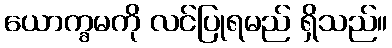
ယောက္ခမကို လင်ပြုရမည် ရှိသည်။